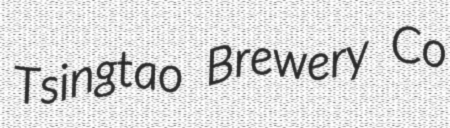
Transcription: Tsingtao Brewery Co